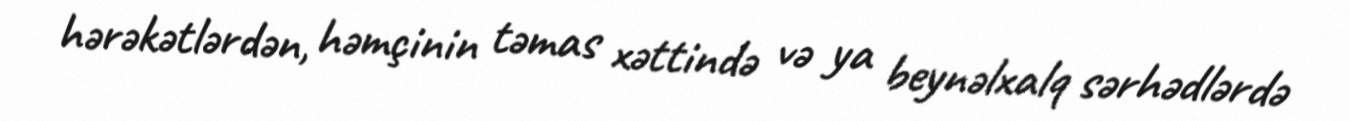
hərəkətlərdən, həmçinin təmas xəttində və ya beynəlxalq sərhədlərdə